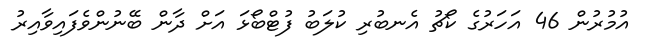
އުމުރުން 46 އަހަރުގެ ކޯޗު އެނބުރި ކުލަބު ފުޓްބޯޅަ އަށް ދާން ބޭނުންވެފައިވާއިރު